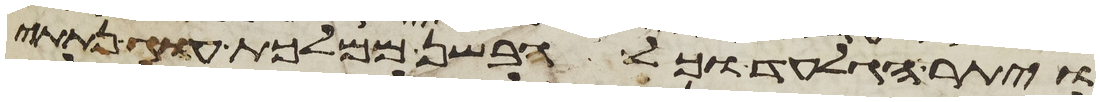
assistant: ויתר הגלעד וכל הבשן ממלכת עוג נתתי